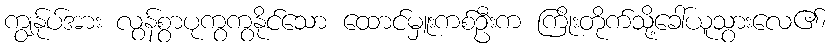
ကျွန်ုပ်အား လွန်စွာပုကွကွနိုင်သော ထောင်မှူးကစ်ဦးက ကြိုးတိုက်သို့ခေါ်ယူသွားလေ၏၊